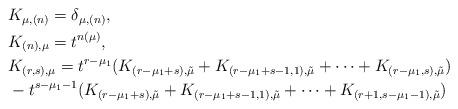
LaTeX: \begin{align*}&K_{\mu, (n)}=\delta_{\mu, (n)}, \\&K_{(n), \mu}=t^{n(\mu)},\\&K_{(r, s), {\mu}}=t^{r-\mu_1}(K_{(r-\mu_1+s), \tilde{\mu}}+K_{(r-\mu_1+s-1, 1), \tilde{\mu}}+\cdots+K_{(r-\mu_1, s), \tilde{\mu}})\\ &-t^{s-\mu_1-1}(K_{(r-\mu_1+s), \tilde{\mu}}+K_{(r-\mu_1+s-1, 1), \tilde{\mu}}+\cdots+K_{(r+1, s-\mu_1-1), \tilde{\mu}})\end{align*}